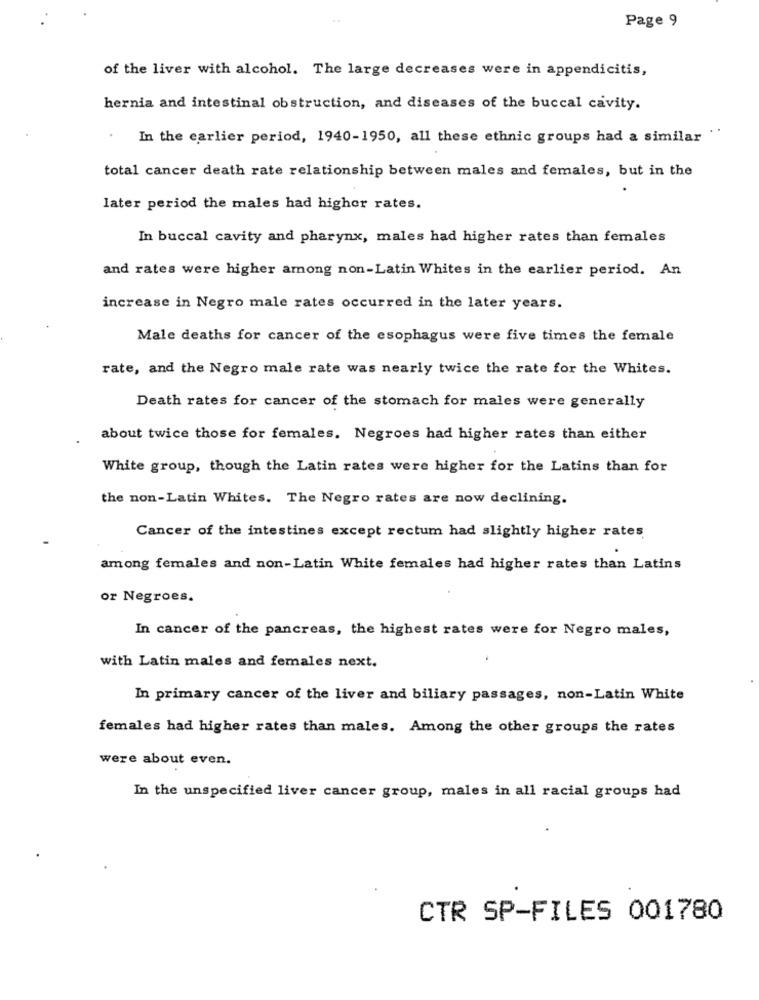
Page 9
of the liver with alcohol. The large decreases were in appendicitis,
hernia and intestinal obstruction, and diseases of the buccal cavity.
In the earlier period, 1940-1950, all these ethnic groups had a similar "
total cancer death rate relationship between males and females, but in the
later period the males had higher rates.
In buccal cavity and pharynx, males had higher rates than females
and rates were higher among non-Latin Whites in the earlier period. An
increase in Negro male rates occurred in the later years.
Male deaths for cancer of the esophagus were five times the female
rate, and the Negro male rate was nearly twice the rate for the Whites.
Death rates for cancer of the stomach for males were generally
about twice those for females. Negroes had higher rates than either
White group, though the Latin rates were higher for the Latins than for
the non-Latin Whites. The Negro rates are now declining.
Cancer of the intestines except rectum had slightly higher rates
among females and non-Latin White females had higher rates than Latins
or Negroes.
In cancer of the pancreas, the highest rates were for Negro males,
with Latin males and females next.
In primary cancer of the liver and biliary passages, non-Latin White
females had higher rates than males. Among the other groups the rates
were about even.
In the unspecified liver cancer group, males in all racial groups had
CTR SP-FILES 001780